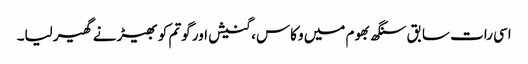
اسی رات سابق سنگھ بھوم میں وکاس، گنیش اور گوتم کو بھیڑ نے گھیر لیا۔